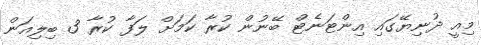
މިއީ ދުނިޔޭގައި އިންޓަނެޓް ބޭނުން ކުރާ ކަމަށް ލަފާ ކުރާ 3 ބިލިއަން